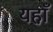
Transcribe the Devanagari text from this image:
यहा़ँ